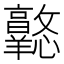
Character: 𢥦